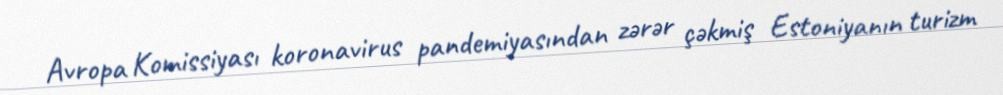
Avropa Komissiyası koronavirus pandemiyasından zərər çəkmiş Estoniyanın turizm